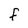
Character: F